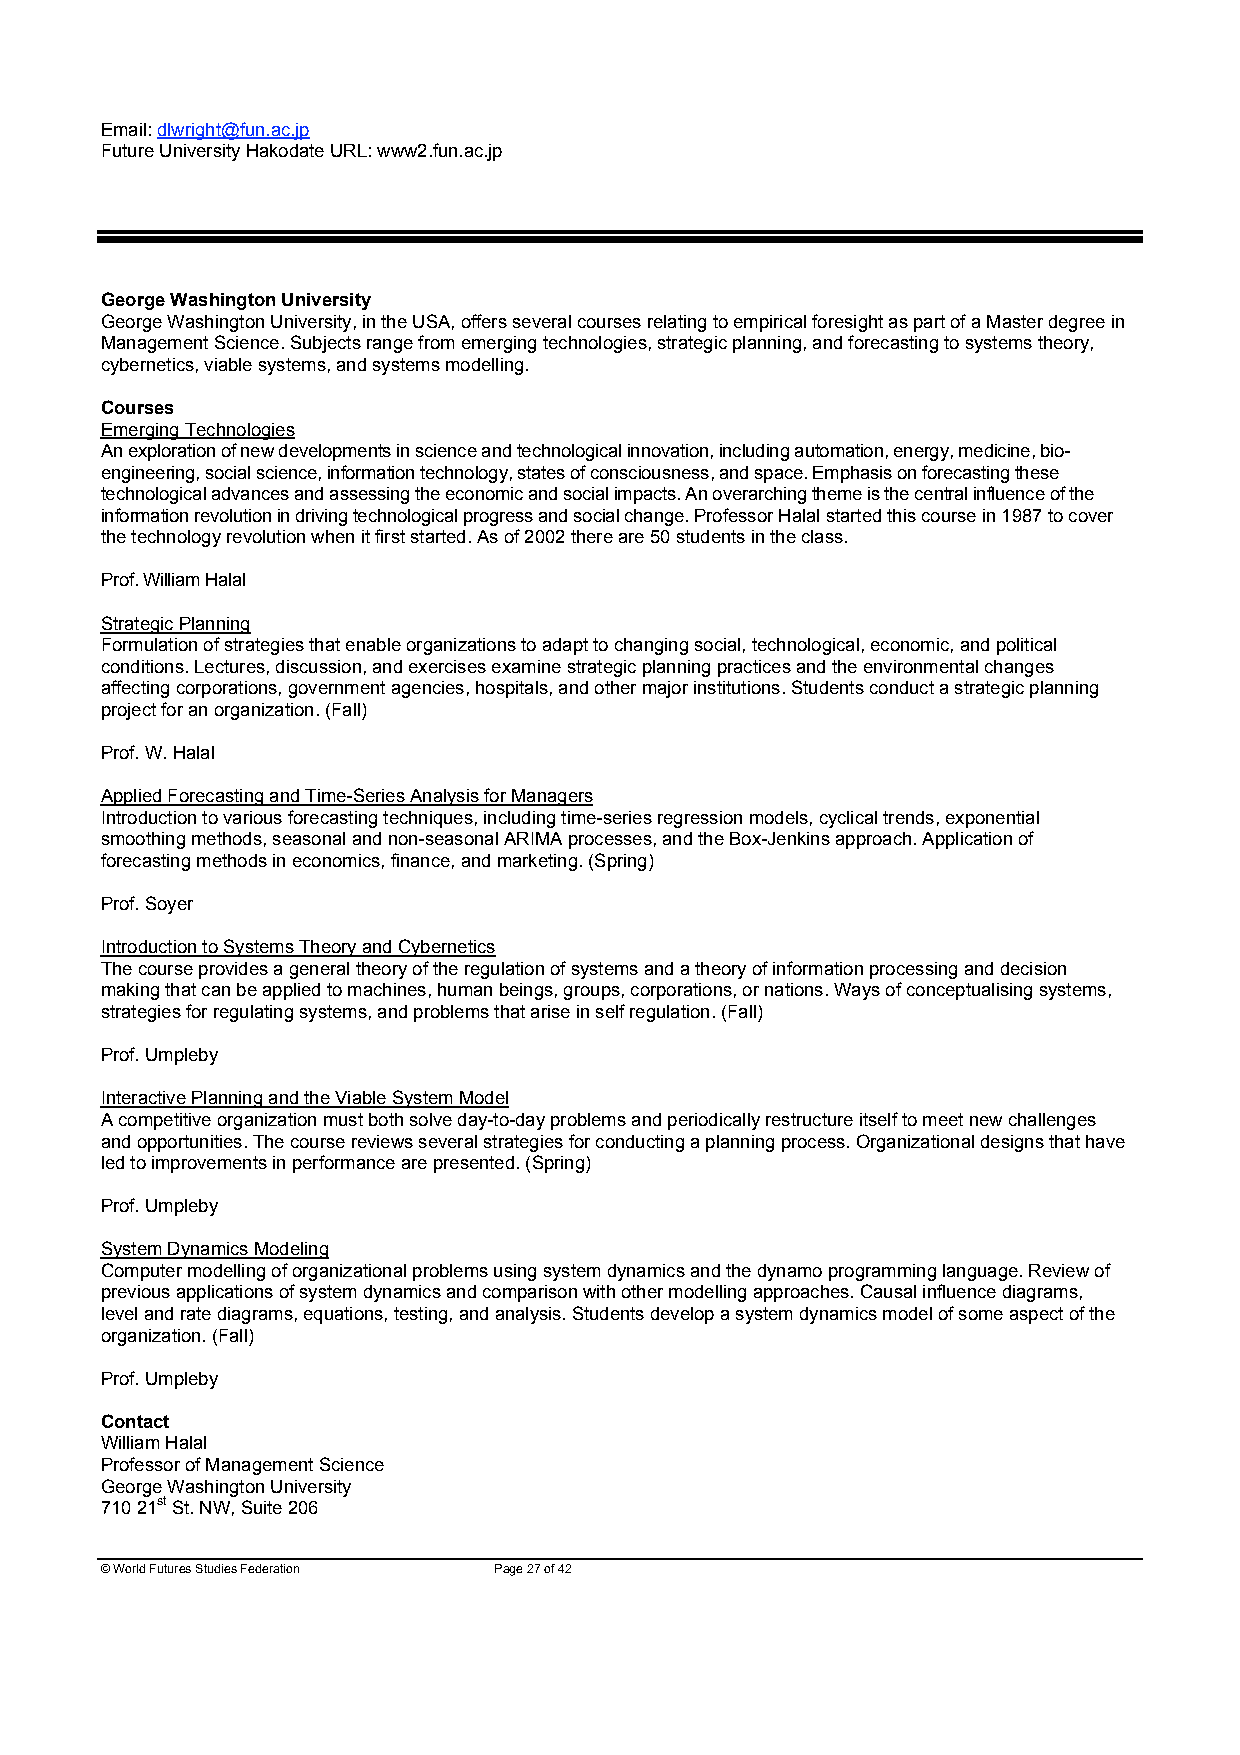
Email: dlwright@fun.ac.jp
 Future University Hakodate URL: www2.fun.ac.jp
 George Washington University
 George Washington University, in the USA, offers several courses relating to empirical foresight as part of a Master degree in
 Management Science. Subjects range from emerging technologies, strategic planning, and forecasting to systems theory,
 cybernetics, viable systems, and systems modelling.
 Courses
 Emerging Technologies
 An exploration of new developments in science and technological innovation, including automation, energy, medicine, bio-
 engineering, social science, information technology, states of consciousness, and space. Emphasis on forecasting these
 technological advances and assessing the economic and social impacts. An overarching theme is the central influence of the
 information revolution in driving technological progress and social change. Professor Halal started this course in 1987 to cover
 the technology revolution when it first started. As of 2002 there are 50 students in the class.
 Prof. William Halal
 Strategic Planning
 Formulation of strategies that enable organizations to adapt to changing social, technological, economic, and political
 conditions. Lectures, discussion, and exercises examine strategic planning practices and the environmental changes
 affecting corporations, government agencies, hospitals, and other major institutions. Students conduct a strategic planning
 project for an organization. (Fall)
 Prof. W. Halal
 Applied Forecasting and Time-Series Analysis for Managers
 Introduction to various forecasting techniques, including time-series regression models, cyclical trends, exponential
 smoothing methods, seasonal and non-seasonal ARIMA processes, and the Box-Jenkins approach. Application of
 forecasting methods in economics, finance, and marketing. (Spring)
 Prof. Soyer
 Introduction to Systems Theory and Cybernetics
 The course provides a general theory of the regulation of systems and a theory of information processing and decision
 making that can be applied to machines, human beings, groups, corporations, or nations. Ways of conceptualising systems,
 strategies for regulating systems, and problems that arise in self regulation. (Fall)
 Prof. Umpleby
 Interactive Planning and the Viable System Model
 A competitive organization must both solve day-to-day problems and periodically restructure itself to meet new challenges
 and opportunities. The course reviews several strategies for conducting a planning process. Organizational designs that have
 led to improvements in performance are presented. (Spring)
 Prof. Umpleby
 System Dynamics Modeling
 Computer modelling of organizational problems using system dynamics and the dynamo programming language. Review of
 previous applications of system dynamics and comparison with other modelling approaches. Causal influence diagrams,
 level and rate diagrams, equations, testing, and analysis. Students develop a system dynamics model of some aspect of the
 organization. (Fall)
 Prof. Umpleby
 Contact
 William Halal
 Professor of Management Science
 George Washington University
 710 21st St. NW, Suite 206
 © World Futures Studies Federation Page 27 of 42